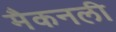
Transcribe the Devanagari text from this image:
मैकनली